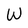
Character: W